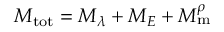
M _ { \mathrm { t o t } } = M _ { \lambda } + M _ { E } + M _ { \mathrm { m } } ^ { \rho }